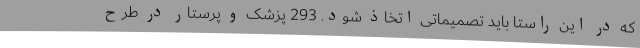
که در این راستا باید تصمیماتی اتخاذ شود. 293 پزشک و پرستار در طرح